342_HS1-416511228_319.1 Flying Discs 1949
Agency: Department of War
Incident date: 1/9/50
Page 96
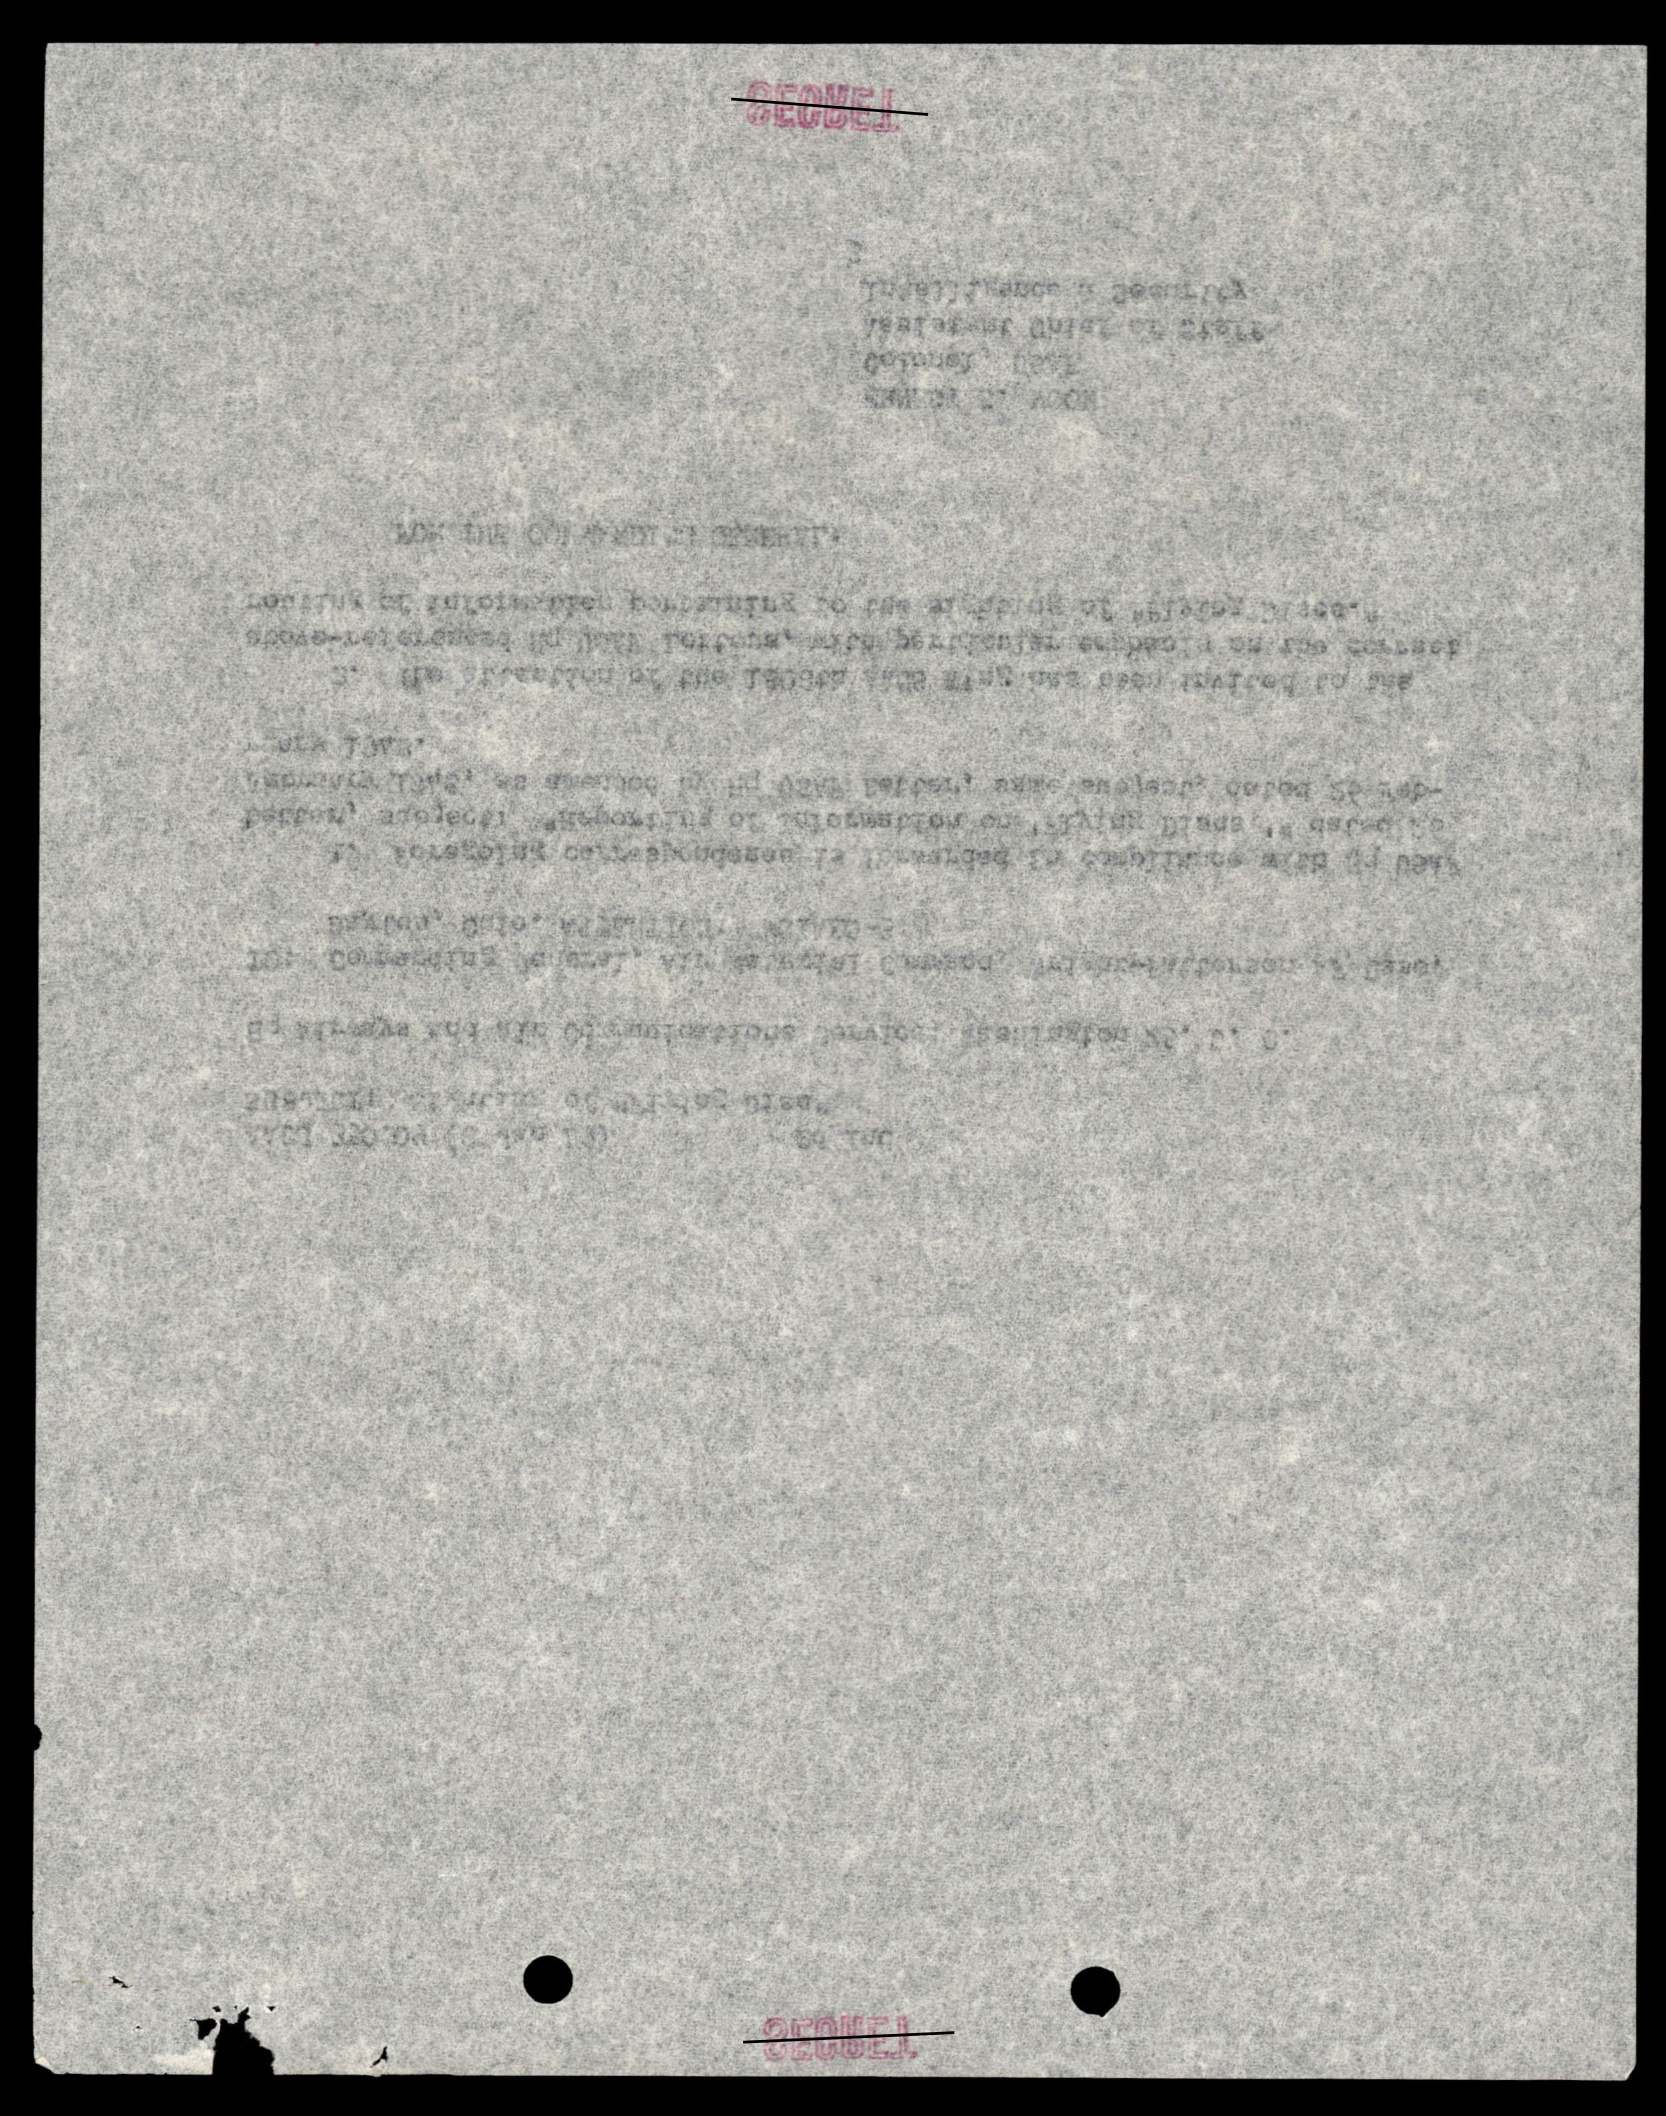